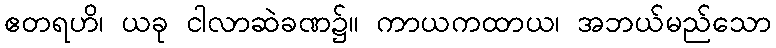
ဧတရဟိ၊ ယခု ငါလာဆဲခဏ၌။ ကာယကထာယ၊ အဘယ်မည်သော